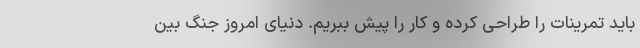
باید تمرینات را طراحی کرده و کار را پیش ببریم. دنیای امروز جنگ بین